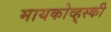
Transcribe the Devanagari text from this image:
मायकोव्ह्‌स्की